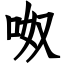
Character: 呶